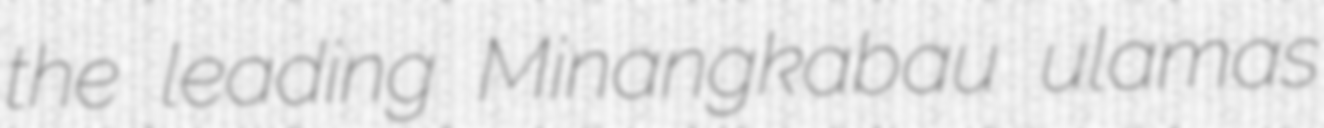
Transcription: the leading Minangkabau ulamas